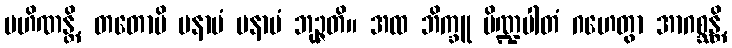
ပဟိဏန္တိ, တတောပိ မနာပံ မနာပံ ဘုဉ္ဇတိ။ အထ ဘိက္ခူ ပိဏ္ဍပါတံ ဂဟေတွာ အာဂစ္ဆန္တိ,